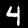
Label: 4